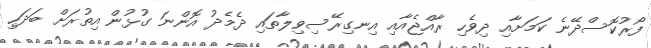
ފޯރުކޮސްދޭނެ ކަމަށާއި ދިވެހި ރާއްޖެއާއި އިނގިރޭސިވިލާތައި ދެމެދު އޮންނަ ގުޅުން އިތުރަށް ބަދަހި